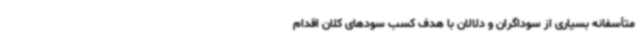
متأسفانه بسیاری از سوداگران و دلالان با هدف کسب سودهای کلان اقدام